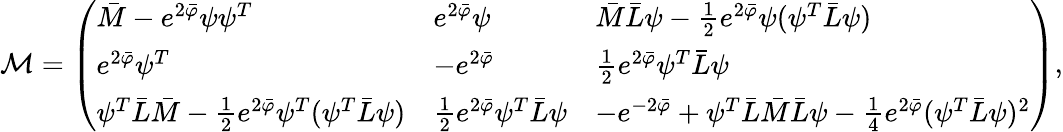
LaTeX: {\cal M}=\left(\begin{array}{lll}{{\bar{M}-e^{2\bar{\varphi}}\psi\psi^{T}}}&{{e^{2\bar{\varphi}}\psi}}&{{\bar{M}\bar{L}\psi-{\frac{1}{2}}e^{2\bar{\varphi}}\psi(\psi^{T}\bar{L}\psi)}}\\ {{e^{2\bar{\varphi}}\psi^{T}}}&{{-e^{2\bar{\varphi}}}}&{{{\frac{1}{2}}e^{2\bar{\varphi}}\psi^{T}\bar{L}\psi}}\\ {{\psi^{T}\bar{L}\bar{M}-{\frac{1}{2}}e^{2\bar{\varphi}}\psi^{T}(\psi^{T}\bar{L}\psi)}}&{{{\frac{1}{2}}e^{2\bar{\varphi}}\psi^{T}\bar{L}\psi}}&{{-e^{-2\bar{\varphi}}+\psi^{T}\bar{L}\bar{M}\bar{L}\psi-{\frac{1}{4}}e^{2\bar{\varphi}}(\psi^{T}\bar{L}\psi)^{2}}}\end{array}\right),